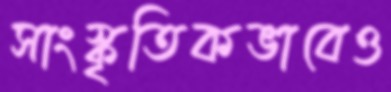
সাংস্কৃতিকভাবেও